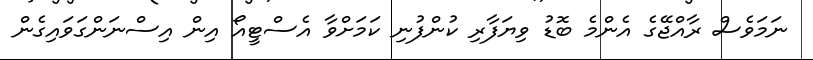
ނަމަވެސް ރާއްޖޭގެ އެންމެ ބޮޑު ވިޔަފާރި ކުންފުނި ކަމަށްވާ އެސްޓީއޯ އިން އިސްނަންގަވައިގެން